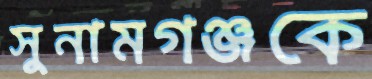
সুনামগঞ্জকে